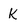
Character: k